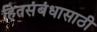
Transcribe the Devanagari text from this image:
हितसंबंधासाठी